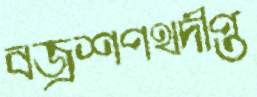
বজ্রশপথদীপ্ত